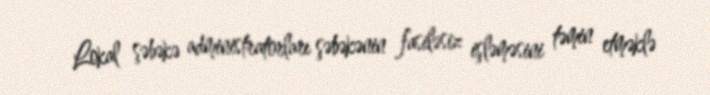
Lokal şəbəkə administratorları şəbəkənin fasiləsiz işləməsini təmin etməklə